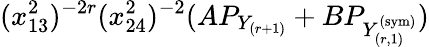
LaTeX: (x_{13}^{2})^{-2r}(x_{24}^{2})^{-2}(AP_{Y_{(r+1)}}+BP_{Y_{(r,1)}^{(\mathrm{sym})}})